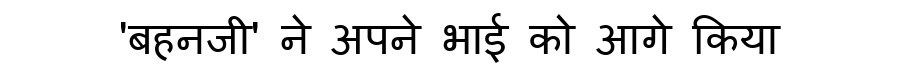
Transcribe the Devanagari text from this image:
'बहनजी' ने अपने भाई को आगे किया